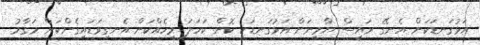
އަޅުގަނޑަކަށް އެނގޭ ރައީސް ޔާމީނަށް އަޅުގަނޑަކީ ކޮން ކަހަލަ މީހެއްކަން އެނގިވަޑައިގެންކަން މަގާމު